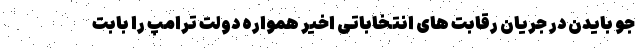
جو بایدن در جریان رقابت های انتخاباتی اخیر همواره دولت ترامپ را بابت